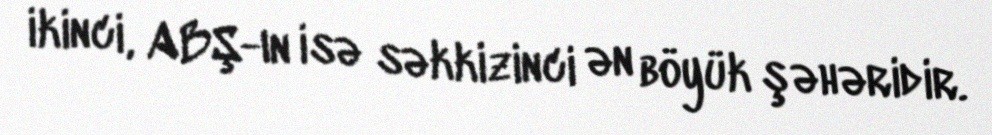
ikinci, ABŞ-ın isə səkkizinci ən böyük şəhəridir.